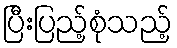
ပြီးပြည့်စုံသည့်